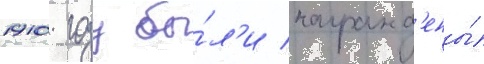
1910 году бы́л'и награжд'ены́